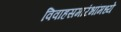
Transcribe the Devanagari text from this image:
विवाहसमारंभांमध्ये